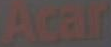
Acar